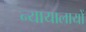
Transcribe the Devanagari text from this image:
न्यायालायों